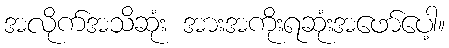
အလိုက်အသိဆုံး အားအကိုးရဆုံးအဖော်ပေါ့။